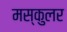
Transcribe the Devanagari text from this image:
मस्कुलर